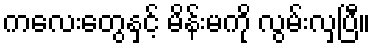
ကလေးတွေနှင့် မိန်းမကို လွမ်းလှပြီ။